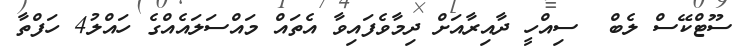
ސޫޓްކޭސް ލެބް  ސިއްހީ ދާއިރާއަށް ދިމާވެފައިވާ އެތައް މައްސަލައެއްގެ ހައްލު4 ހަފްތާ